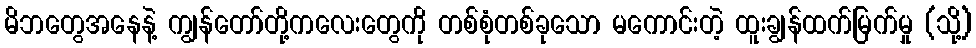
မိဘတွေအနေနဲ့ ကျွန်တော်တို့ကလေးတွေကို တစ်စုံတစ်ခုသော မကောင်းတဲ့ ထူးချွန်ထက်မြက်မှု (သို့)